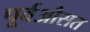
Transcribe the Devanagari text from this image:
पूर्वऔसत